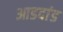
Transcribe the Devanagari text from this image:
आडदांड